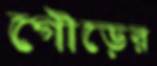
গৌড়ের